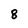
Character: 8